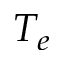
T _ { e }